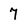
Character: 7